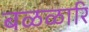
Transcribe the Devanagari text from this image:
बळळारि